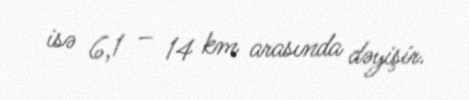
isə 6,1 – 14 km arasında dəyişir.